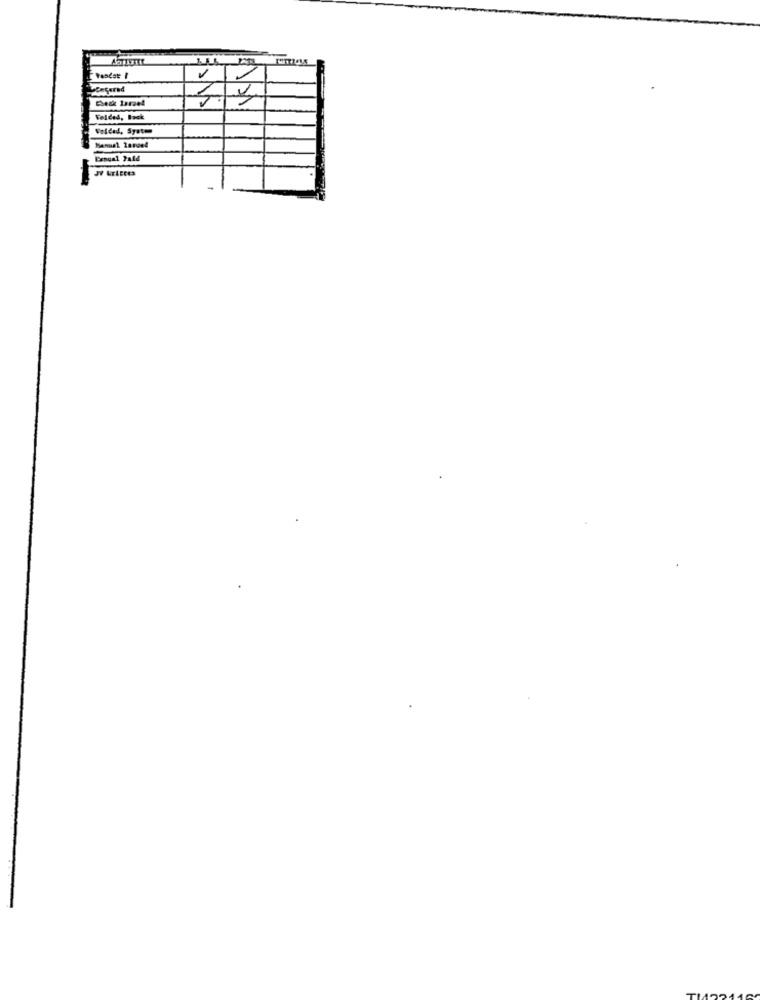
1
Check Israel
Folded, Back